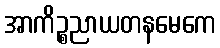
အာကိဉ္စညာယတနမေကေ